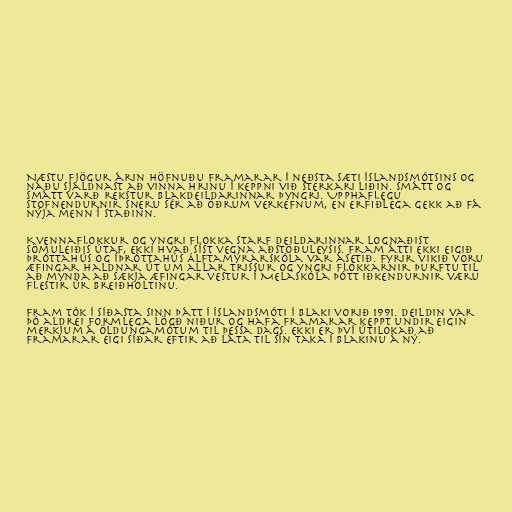
Næstu fjögur árin höfnuðu Framarar í neðsta sæti Íslandsmótsins og
náðu sjaldnast að vinna hrinu í keppni við sterkari liðin. Smátt og
smátt varð rekstur blakdeildarinnar þyngri. Upphaflegu
stofnendurnir sneru sér að öðrum verkefnum, en erfiðlega gekk að fá
nýja menn í staðinn.

Kvennaflokkur og yngri flokka starf deildarinnar lognaðist
sömuleiðis útaf, ekki hvað síst vegna aðstöðuleysis. Fram átti ekki eigið
þróttahús og íþróttahús Álftamýrarskóla var ásetið. Fyrir vikið voru
æfingar haldnar út um allar trissur og yngri flokkarnir þurftu til
að mynda að sækja æfingar vestur í Melaskóla þótt iðkendurnir væru
flestir úr Breiðholtinu.

Fram tók í síðasta sinn þátt í Íslandsmóti í blaki vorið 1991. Deildin var
þó aldrei formlega lögð niður og hafa Framarar keppt undir eigin
merkjum á öldungamótum til þessa dags. Ekki er því útilokað að
Framarar eigi síðar eftir að láta til sín taka í blakinu á ný.